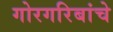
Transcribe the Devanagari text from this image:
गोरगरिबांचे